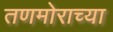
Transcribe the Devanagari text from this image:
तणमोराच्या